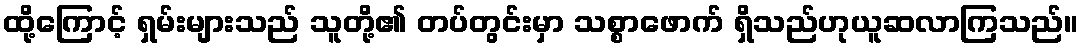
ထို့ကြောင့် ရှမ်းများသည် သူတို့၏ တပ်တွင်းမှာ သစ္စာဖောက် ရှိသည်ဟုယူဆလာကြသည်။